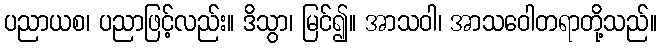
ပညာယစ၊ ပညာဖြင့်လည်း။ ဒိသွာ၊ မြင်၍။ အာသဝါ၊ အာသဝေါတရာတို့သည်။